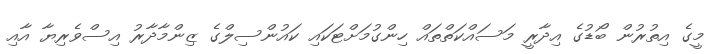
މީގެ އިތުރުން ބޯޑުގެ އިދާރީ މަސައްކަތްތައް ހިންގުމަށްޓަކައި ކައުންސިލްގެ ޒިންމާދާރު އިސްވެރިޔާ އާއި